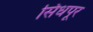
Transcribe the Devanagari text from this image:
सिंधपूर